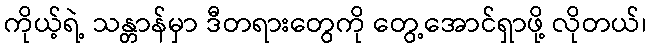
ကိုယ့်ရဲ့ သန္တာန်မှာ ဒီတရားတွေကို တွေ့အောင်ရှာဖို့ လိုတယ်၊